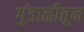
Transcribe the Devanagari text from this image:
गुंडाळीतून